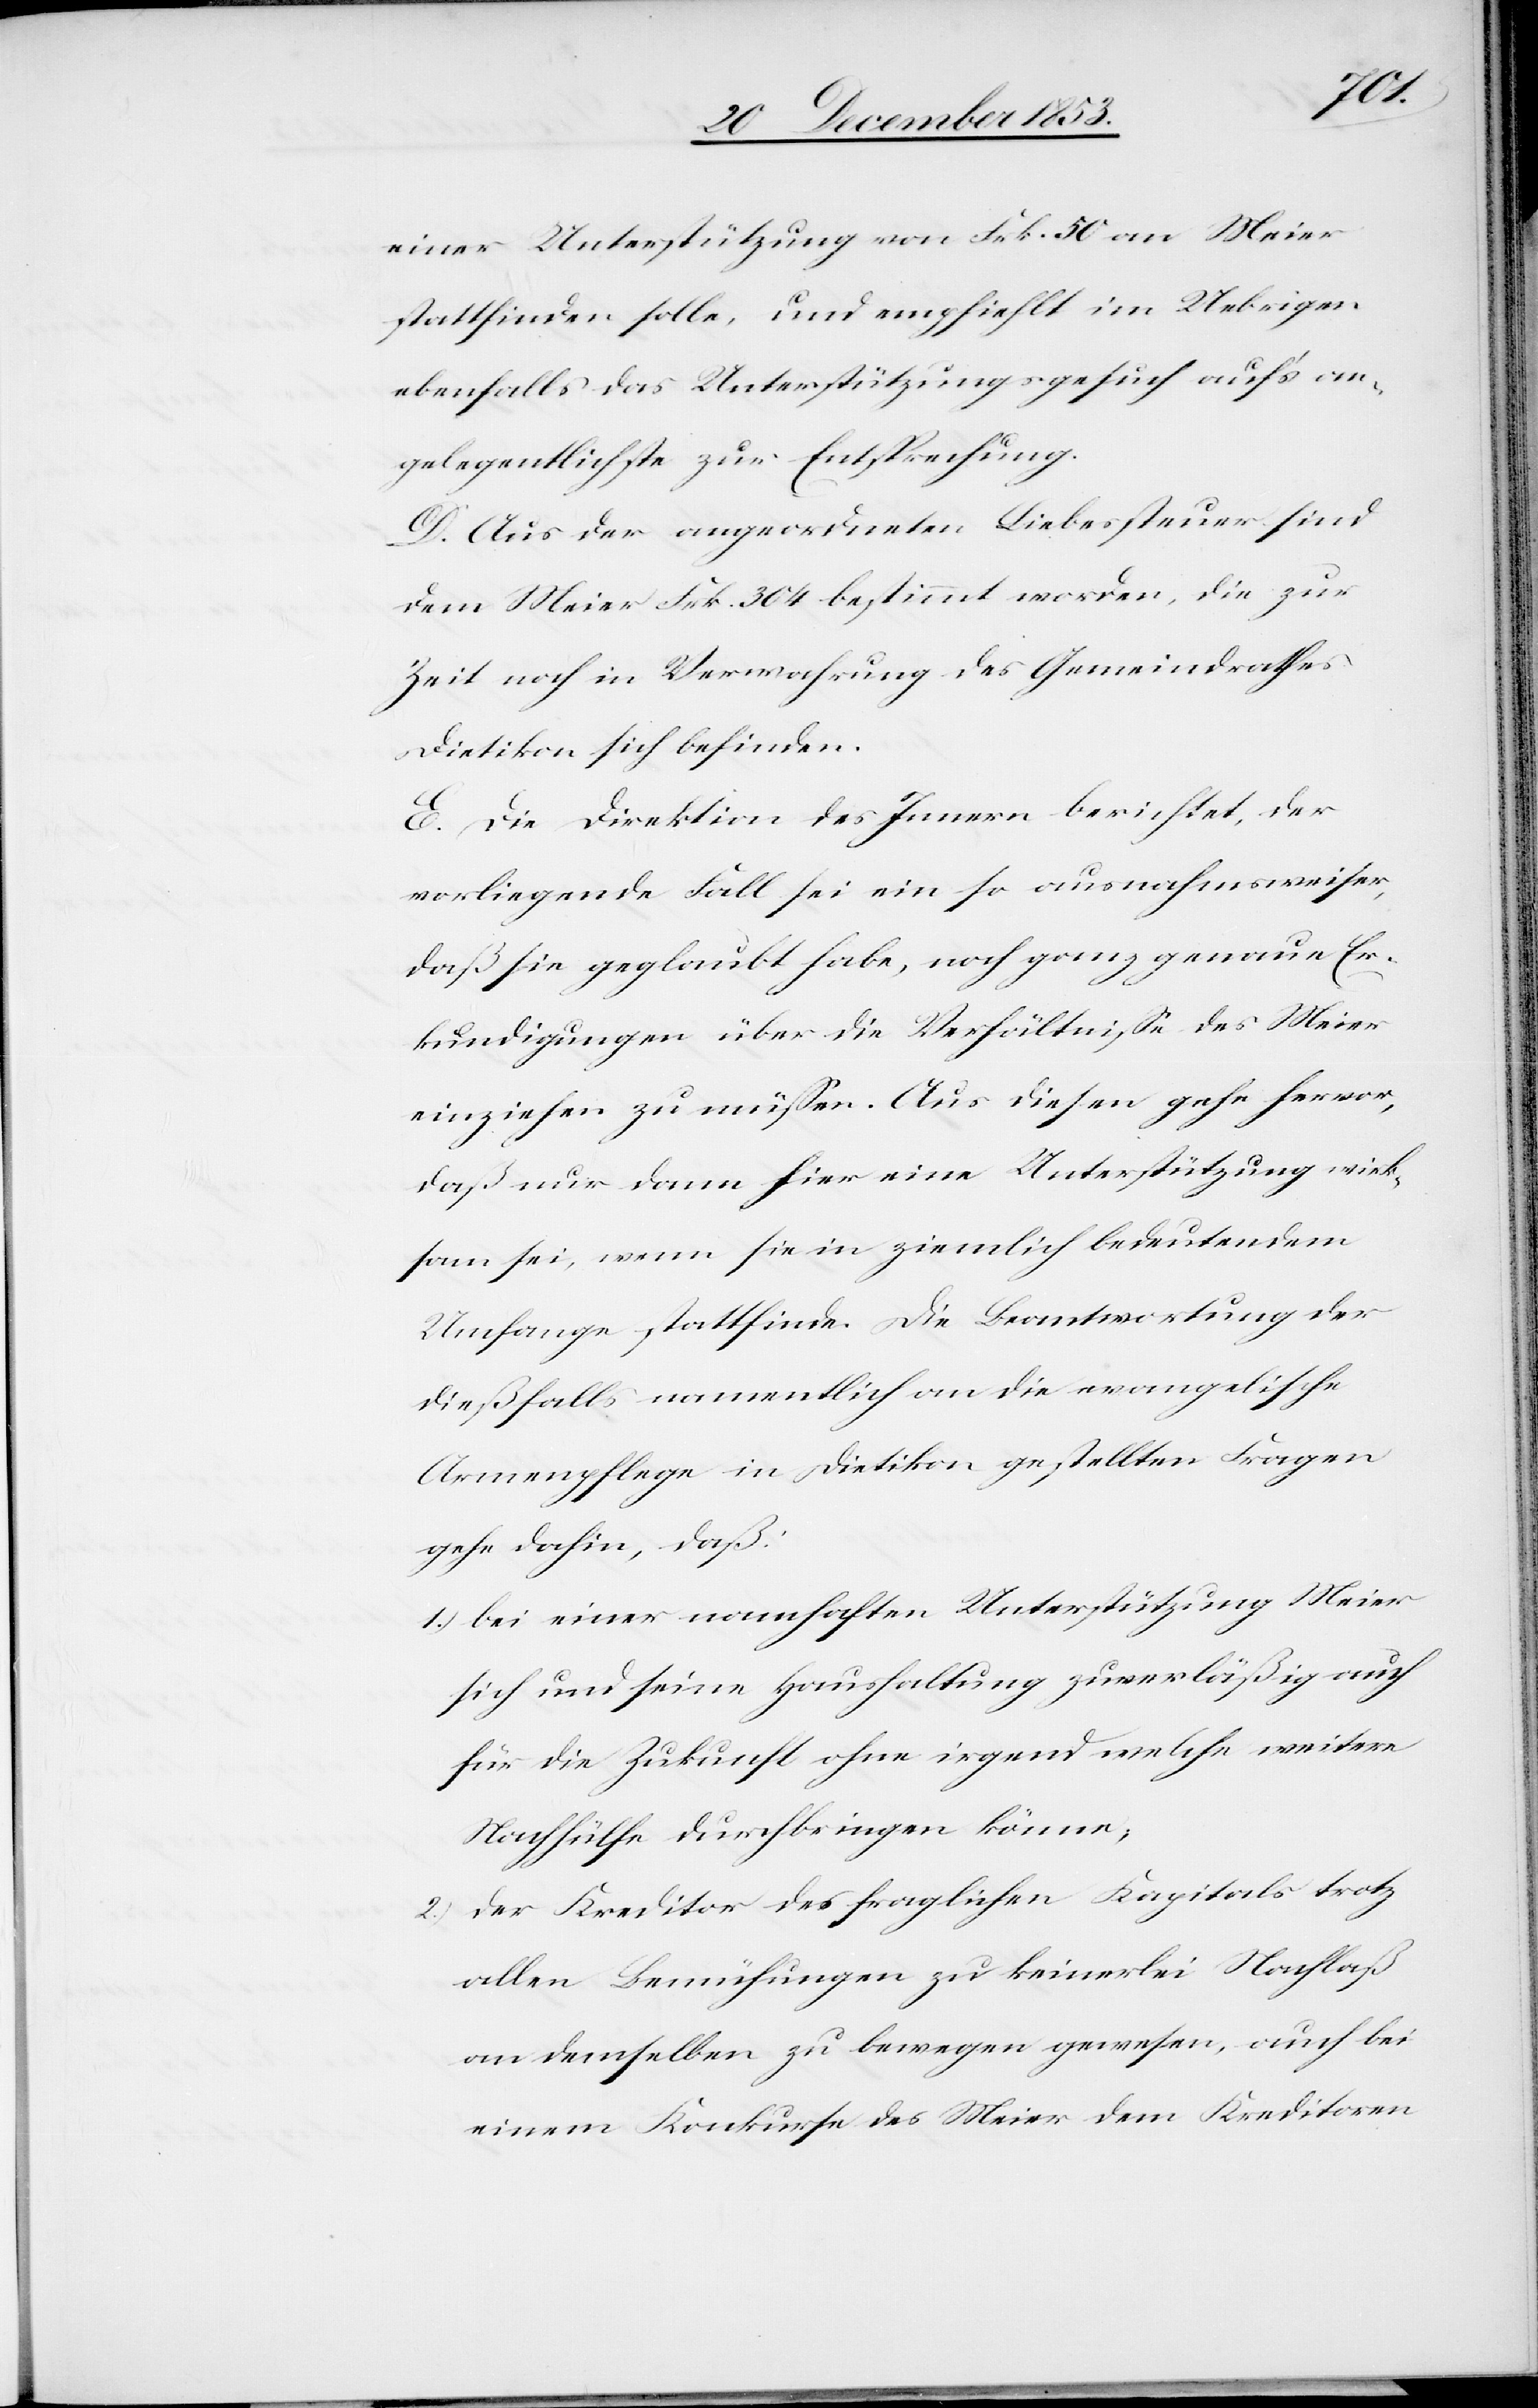
einer Unterstützung von Frk. 50 an Meier
stattfinden solle, und empfiehlt im Uebrigen
allenfalls das Unterstützungsgesuch auf’s an¬
gelegentlichste zur Entsprechung.
D. Aus der angeordneten Liebessteuer sind
dem Meier Frk. 304 bestimmt worden, die zur
Zeit noch in Verwahrung des Gemeindrathes
Dietikon sich befinden.
E. Die Direktion des Innern berichtet, der
vorliegende Fall sei ein so ausnahmsweiser,
daß sie geglaubt habe, noch ganz genaue Er¬
kundigungen über die Verhältniße des Meier
einziehen zu müßen. Aus diesen gehe hervor,
daß nur dann hier eine Unterstützung wirk¬
sam sei, wenn sie in ziemlich bedeutendem
Umfange stattfinde. Die Beantwortung der
dießfalls namentlich an die evangelische
Armenpflege in Dietikon gestellten Fragen
gehe dahin, daß:
1.) bei einer namhaften Unterstützung Meier
sich und seine Haushaltung zuverläßig auch
für die Zukunft ohne irgend welche weitere
Nachhülfe durchbringen könne;
2.) Der Kreditor des fraglichen Kapitals trotz
allen Bemühungen zu keinerlei Nachlaß
an demselben zu bewegen gewesen, auch bei
einem Konkurse des Meier dem Kreditoren